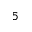
^ 5